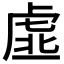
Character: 𧆳